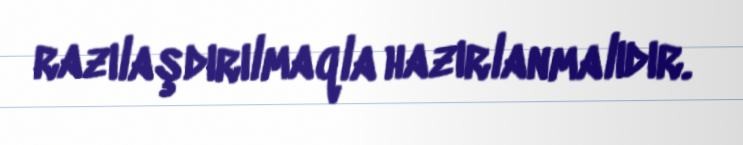
razılaşdırılmaqla hazırlanmalıdır.